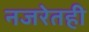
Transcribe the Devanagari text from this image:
नजरेतही